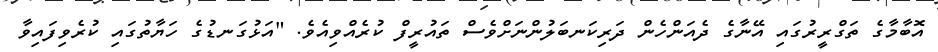
އޮބާމާގެ ތަގްރީރުގައި އޭނާގެ ދެއަންހެން ދަރިކަނބަލުންނަށްވެސް ތައުރީފް ކުރެއްވިއެވެ. "އަޅުގަނޑުގެ ހަޔާތުގައި ކުރެވިފައިވާ